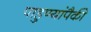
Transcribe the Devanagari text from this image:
पाहुण्यांपैकी